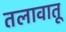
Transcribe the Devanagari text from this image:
तलावातू